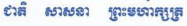
ជាតិ សាសនា ព្រះមហាក្សត្រ